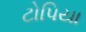
ટોપિયા